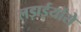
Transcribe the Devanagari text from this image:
लड़ाईयोंसे